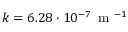
k = 6 . 2 8 \cdot 1 0 ^ { - 7 } \, \mathrm { ~ m ~ } ^ { - 1 }